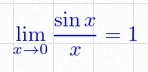
\lim_{x\to0}\frac{\sin x}{x}=1